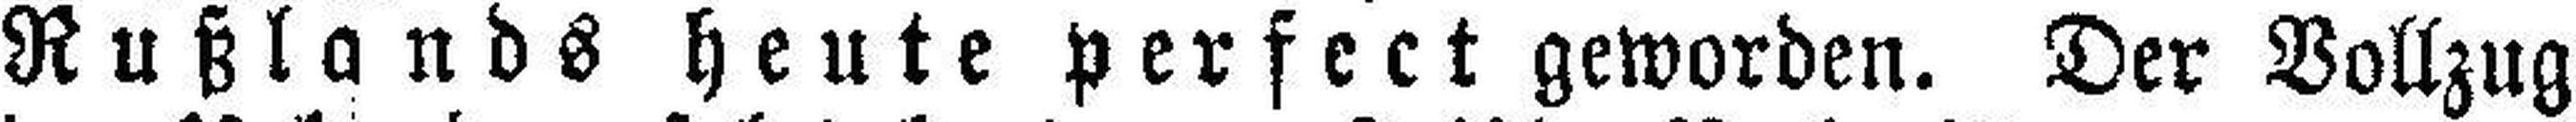
Rußlands heute perfect geworden. Der Vollzug